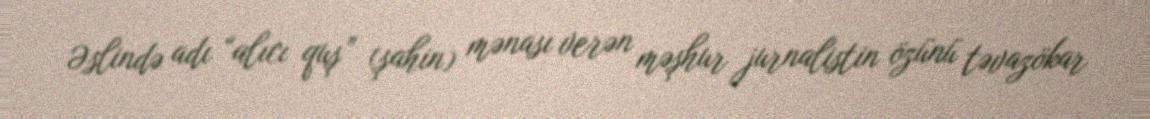
Əslində adı “alıcı quş” (şahin) mənası verən məşhur jurnalistin özünü təvazökar